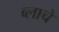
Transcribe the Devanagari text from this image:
ब्लाचें